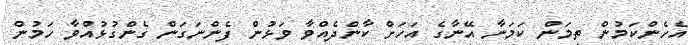
އެހެންކަމުން ތިމަން ކަމަނާ އޭނާގެ އަހަށް ކާންދެއްވާ ވަޅުން ފެންނަގަން ގެންގުޅުއްވާ ހަމުން